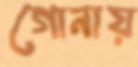
গোনায়